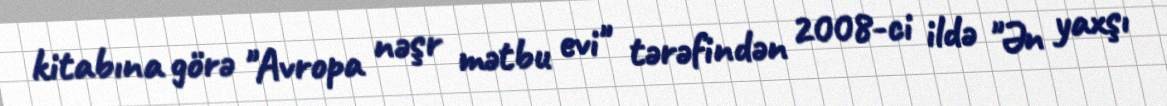
kitabına görə "Avropa nəşr mətbu evi" tərəfindən 2008-ci ildə "Ən yaxşı